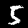
Digit: 5